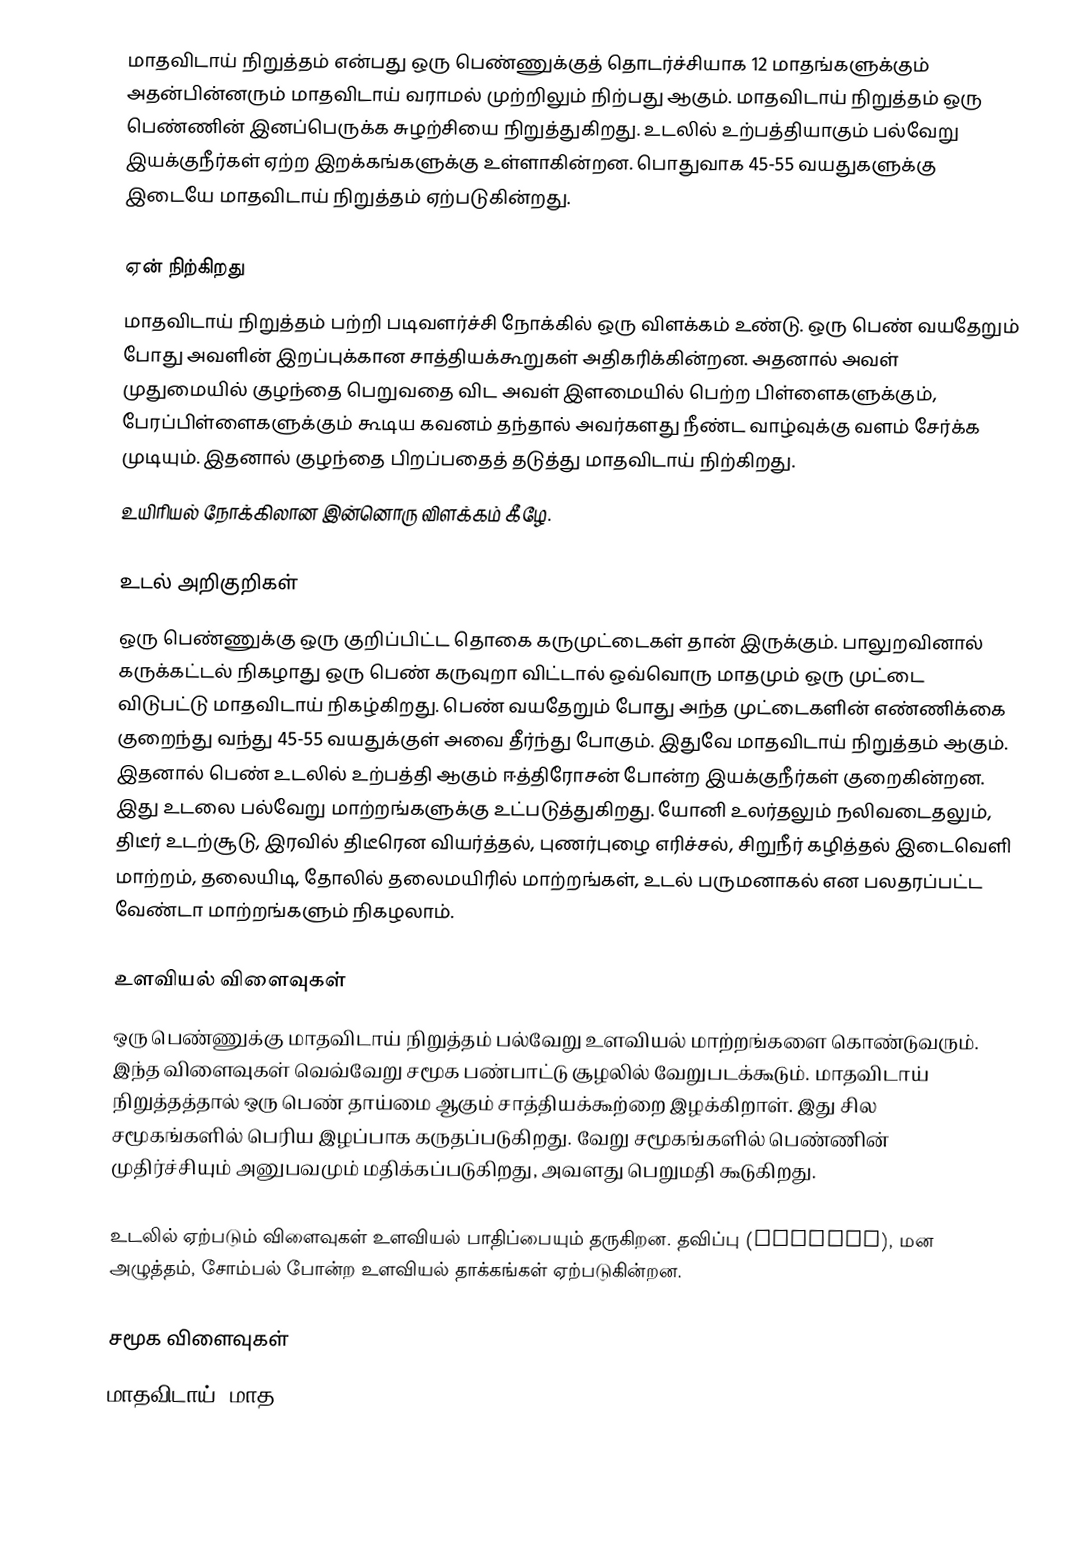
மாதவிடாய் நிறுத்தம் என்பது ஒரு பெண்ணுக்குத் தொடர்ச்சியாக 12 மாதங்களுக்கும் அதன்பின்னரும் மாதவிடாய் வராமல் முற்றிலும் நிற்பது ஆகும். மாதவிடாய் நிறுத்தம் ஒரு பெண்ணின் இனப்பெருக்க சுழற்சியை நிறுத்துகிறது. உடலில் உற்பத்தியாகும் பல்வேறு இயக்குநீர்கள் ஏற்ற இறக்கங்களுக்கு உள்ளாகின்றன. பொதுவாக 45-55 வயதுகளுக்கு இடையே மாதவிடாய் நிறுத்தம் ஏற்படுகின்றது.

ஏன் நிற்கிறது
மாதவிடாய் நிறுத்தம் பற்றி படிவளர்ச்சி நோக்கில் ஒரு விளக்கம் உண்டு. ஒரு பெண் வயதேறும் போது அவளின் இறப்புக்கான சாத்தியக்கூறுகள் அதிகரிக்கின்றன. அதனால் அவள் முதுமையில் குழந்தை பெறுவதை விட அவள் இளமையில் பெற்ற பிள்ளைகளுக்கும், பேரப்பிள்ளைகளுக்கும் கூடிய கவனம் தந்தால் அவர்களது நீண்ட வாழ்வுக்கு வளம் சேர்க்க முடியும். இதனால் குழந்தை பிறப்பதைத் தடுத்து மாதவிடாய் நிற்கிறது.
உயிரியல் நோக்கிலான இன்னொரு விளக்கம் கீழே.

உடல் அறிகுறிகள்
ஒரு பெண்ணுக்கு ஒரு குறிப்பிட்ட தொகை கருமுட்டைகள் தான் இருக்கும். பாலுறவினால் கருக்கட்டல் நிகழாது ஒரு பெண் கருவுறா விட்டால் ஒவ்வொரு மாதமும் ஒரு முட்டை விடுபட்டு மாதவிடாய் நிகழ்கிறது. பெண் வயதேறும் போது அந்த முட்டைகளின் எண்ணிக்கை குறைந்து வந்து 45-55 வயதுக்குள் அவை தீர்ந்து போகும். இதுவே மாதவிடாய் நிறுத்தம் ஆகும். இதனால் பெண் உடலில் உற்பத்தி ஆகும் ஈத்திரோசன் போன்ற இயக்குநீர்கள் குறைகின்றன. இது உடலை பல்வேறு மாற்றங்களுக்கு உட்படுத்துகிறது. யோனி உலர்தலும் நலிவடைதலும், திடீர் உடற்சூடு, இரவில் திடீரென வியர்த்தல், புணர்புழை எரிச்சல், சிறுநீர் கழித்தல் இடைவெளி மாற்றம், தலையிடி, தோலில் தலைமயிரில் மாற்றங்கள், உடல் பருமனாகல் என பலதரப்பட்ட வேண்டா மாற்றங்களும் நிகழலாம்.

உளவியல் விளைவுகள்
ஒரு பெண்ணுக்கு மாதவிடாய் நிறுத்தம் பல்வேறு உளவியல் மாற்றங்களை கொண்டுவரும். இந்த விளைவுகள் வெவ்வேறு சமூக பண்பாட்டு சூழலில் வேறுபடக்கூடும். மாதவிடாய் நிறுத்தத்தால் ஒரு பெண் தாய்மை ஆகும் சாத்தியக்கூற்றை இழக்கிறாள். இது சில சமூகங்களில் பெரிய இழப்பாக கருதப்படுகிறது. வேறு சமூகங்களில் பெண்ணின் முதிர்ச்சியும் அனுபவமும் மதிக்கப்படுகிறது, அவளது பெறுமதி கூடுகிறது.

உடலில் ஏற்படும் விளைவுகள் உளவியல் பாதிப்பையும் தருகிறன.  தவிப்பு (Anxiety), மன அழுத்தம், சோம்பல் போன்ற உளவியல் தாக்கங்கள் ஏற்படுகின்றன.

சமூக விளைவுகள்
மாதவிடாய், மாத